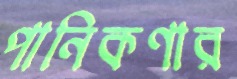
পানিকণার